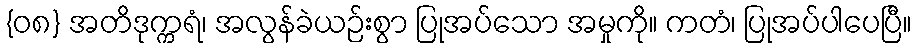
{၀၈} အတိဒုက္ကရံ၊ အလွန်ခဲယဉ်းစွာ ပြုအပ်သော အမှုကို။ ကတံ၊ ပြုအပ်ပါပေပြီ။